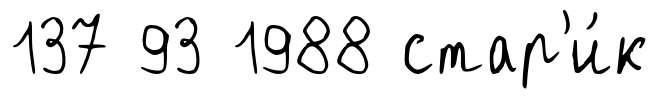
137 93 1988 стар'и́к